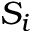
S _ { i }